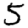
Digit: 5